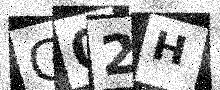
Text: G02H